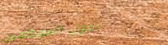
دخول الموظفين